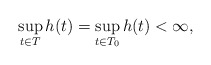
\begin{align*} \sup_{t \in T}h(t) = \sup_{t \in T_0}h(t) < \infty, \end{align*}